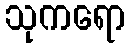
သုကရော